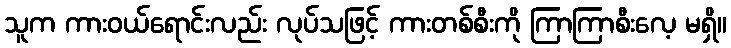
သူက ကားဝယ်ရောင်းလည်း လုပ်သဖြင့် ကားတစ်စီးကို ကြာကြာစီးလေ့ မရှိ။